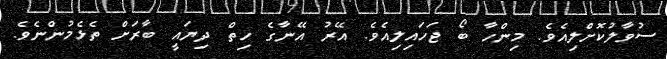
ސުވާލުކޮށްލިއެވެ. މިންހާ ބޯ ޖަހައިލިއެވެ. އޭރު އޭނާގެ ހިތް ދިޔައީ ބާރަށް ތެޅެމުންނެވެ.